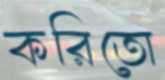
করিতো